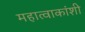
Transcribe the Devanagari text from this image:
महात्वाकांशी